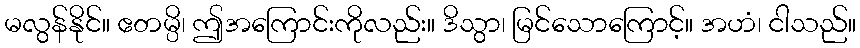
မလွန်နိုင်။ ဧတမ္ပိ၊ ဤအကြောင်းကိုလည်း။ ဒိသွာ၊ မြင်သောကြောင့်။ အဟံ၊ ငါသည်။